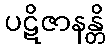
ပဋိဇာနန္တိ